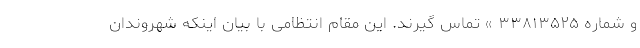
و شماره ۳۳۸۱۳۵۲۵ » تماس گیرند. این مقام انتظامی با بیان اینکه شهروندان